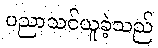
ပညာသင်ယူခဲ့သည်